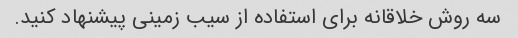
سه روش خلاقانه برای استفاده از سیب زمینی پیشنهاد کنید.